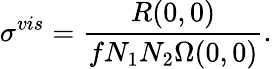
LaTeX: \sigma^{vis}=\frac{R(0,0)}{fN_{1}N_{2}\Omega(0,0)}.